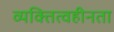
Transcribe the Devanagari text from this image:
व्यक्तित्वहीनता